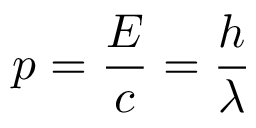
p = { \frac { E } { c } } = { \frac { h } { \lambda } }